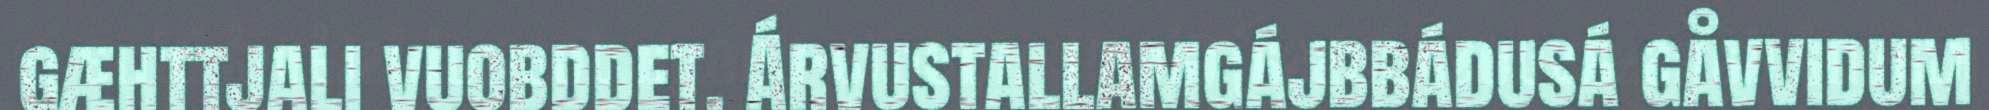
gæhttjali vuobddet. Árvustallamgájbbádusá gåvvidum